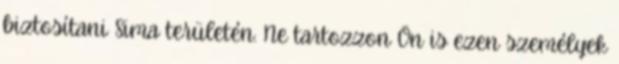
biztosítani Sima területén. Ne tartozzon Ön is ezen személyek